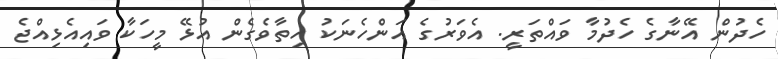
ހެދުން އޭނާގެ ހެދުމާ ވައްތަރީ. އެވަރުގެ އަންހެނަކު ހިތާވެގެން އުޅޭ މީހަކާ ވައިއެޅިއްޖެ